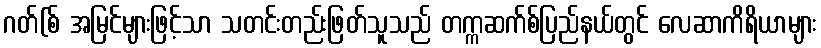
ဂတ်(စ် အမြင်များဖြင့်သာ သတင်းတည်းဖြတ်သူသည် တက္ကဆက်စ်ပြည်နယ်တွင် လေဆာကိရိယာများ